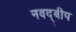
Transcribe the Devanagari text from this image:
नवद्बीप